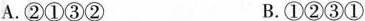
A.②①③② B.①②③①